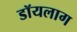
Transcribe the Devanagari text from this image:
डॉयलाग